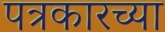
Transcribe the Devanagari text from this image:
पत्रकारच्या